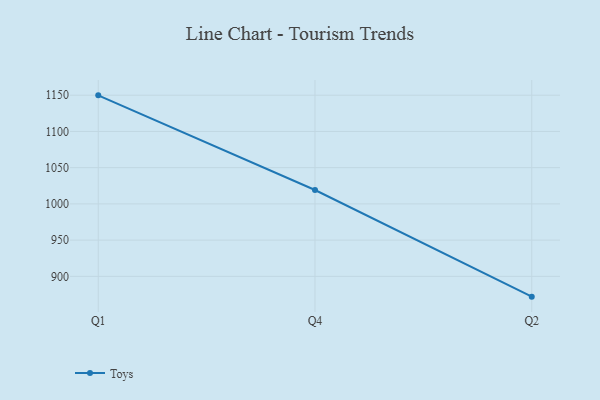
{"axis": {"x": "Quarter", "y": "Demand Index"}, "legend": ["Toys"], "data": [{"x": "Q1", "y": 1149.8, "type": "Toys"}, {"x": "Q4", "y": 1019.2, "type": "Toys"}, {"x": "Q2", "y": 872.0, "type": "Toys"}]}